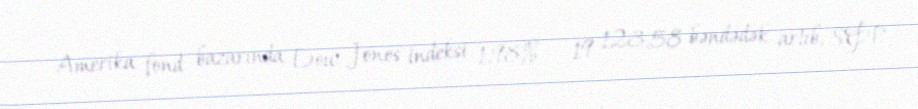
Amerika fond bazarında Dow Jones indeksi 1,98% - 19 123,58 bəndədək artıb, S&P